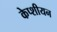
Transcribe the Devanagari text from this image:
केप्शीयन